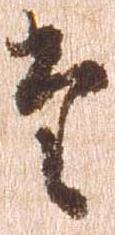
た